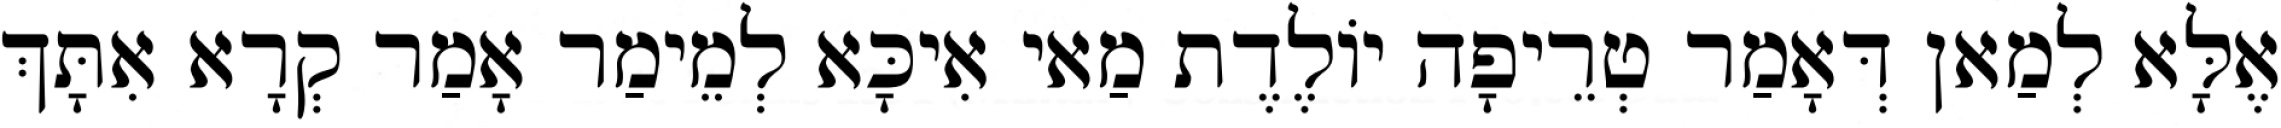
אֶלָּא לְמַאן דְּאָמַר טְרֵיפָה יוֹלֶדֶת מַאי אִיכָּא לְמֵימַר אָמַר קְרָא אִתָּךְ